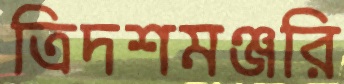
ত্রিদশমঞ্জরি